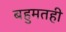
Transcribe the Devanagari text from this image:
बहुमतही